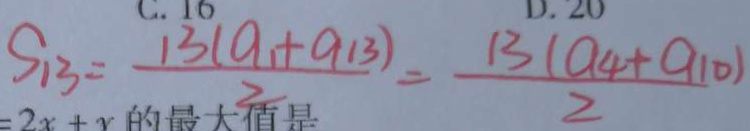
S _ { 1 3 } = \frac { 1 3 ( a _ { 1 } + a 1 3 ) } { 2 } = \frac { 1 3 ( a _ { 4 } + a _ { 1 0 } ) } { 2 }